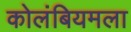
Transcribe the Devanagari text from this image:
कोलंबियमला